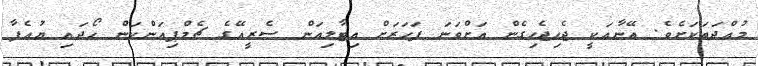
މުއްދަތަކަށެވެ. އޭނާއަކީ ޖެހިޖެހިގެން އަށްވަނަ ފަހަރަށް އިޓާލިއަން ސެރީއޭގެ ޗެމްޕިއަންކަން ހޯދައި ޔުއެފާ